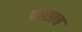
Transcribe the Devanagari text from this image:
वॉसाच